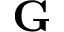
\mathbf { G }